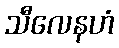
သီလေနဟံ